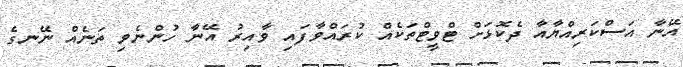
އޭނާ އަސްކަރިއްޔާއާ ދެކޮޅަށް ޓްވީޓްތަކެއް ކުރައްވާފައި ވާއިރު އޭނާ ހުންނެވި ތަނެއް ނޭނގެ